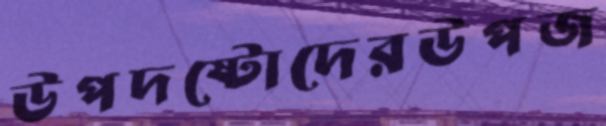
উপদষ্টোদেরউপজ